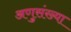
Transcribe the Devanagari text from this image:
अणुसंख्या